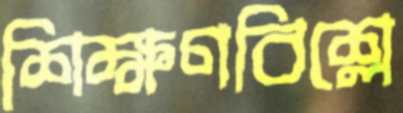
শিক্ষণবিশ্লে